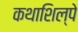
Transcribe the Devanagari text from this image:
कथाशिल्पे